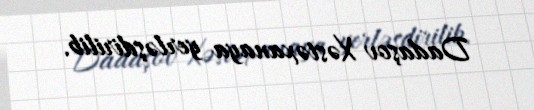
Dadaşov Xəstəxanaya yerləşdirilib.